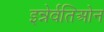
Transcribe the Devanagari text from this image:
इन्नेर्वतिओन